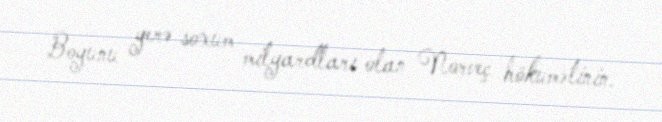
Boyunu yerə soxum milyardları olan Norveç hökumətinin.